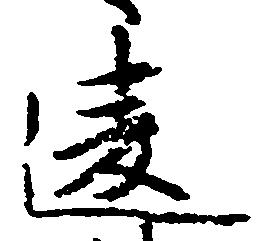
違